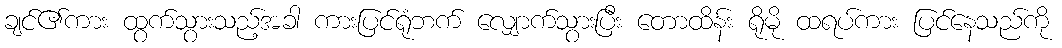
ချင်၏ကား ထွက်သွားသည့်အခါ ကားပြင်ရုံဘက် လျှောက်သွားပြီး တောထိန်း ရိုမို ထရပ်ကား ပြင်နေသည်ကို